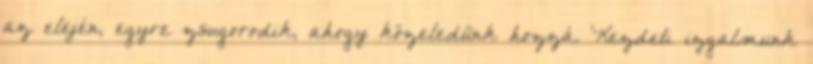
az elején, egyre zsugorodik, ahogy közeledünk hozzá. Kezdeti izgalmunk